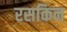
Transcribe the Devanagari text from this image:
रसकिन